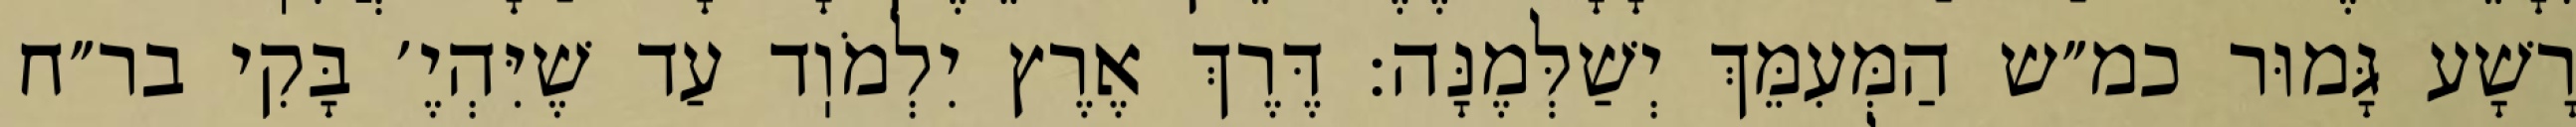
רָשָׁע גָּמוּר כמ״ש הַמְּעִמֵּךְ יְשַׁלְּמֶנָּה: דֶּרֶךְ אֶרֶץ יִלְמֹוֽד עַד שֶׁיִּהְיֶ׳ בָּקִי בר״ח